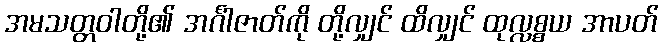
အမသတ္တဝါတို့၏ အင်္ဂါဇာတ်ကို တို့လျှင် ထိလျှင် ထုလ္လစ္စယ အာပတ်